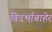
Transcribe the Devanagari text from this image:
विदर्भाबाहेर